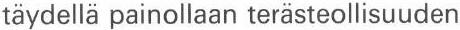
täydellä painollaan terästeollisuuden